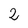
Character: 2